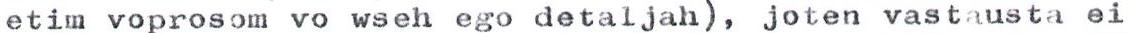
etim voprosom vo wseh ego detaljah), joten vastausta ei